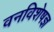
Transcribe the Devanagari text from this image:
वनविशेषज्ञ